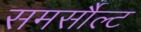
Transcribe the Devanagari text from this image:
समर्सौल्ट